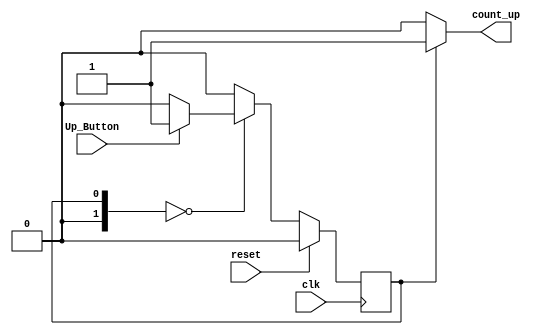
`timescale 1ns / 1ps

module Deposit(

input clk,
input reset,
input Up_Button,
output count_up);
localparam S00 = 0, FLAG = 1; 
reg [1:0] current_state = 0; 
reg [1:0] next_state = 0; 
reg set_flag = 1; 
always @(posedge clk) begin
    if (reset) current_state <= S00;
    else current_state <= next_state;
end
always @(current_state, Up_Button)
begin
    case(current_state)
        S00: begin
            if (Up_Button)
                next_state = FLAG;
            else
                next_state = S00;
        end
        FLAG: begin
            next_state = S00;
        end
        default: begin 
            next_state = S00;
        end
endcase
end
always @(current_state) begin
    case (current_state)
        S00: begin
        set_flag = 0;
    end
        FLAG: begin
        set_flag = 1;
    end
    default: begin
        set_flag = 0;
    end
endcase
end
assign count_up = set_flag;
endmodule